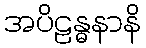
အပိဠန္ဓနာနိ